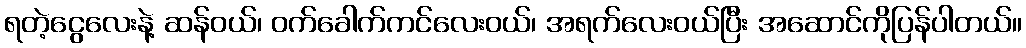
ရတဲ့ငွေလေးနဲ့ ဆန်ဝယ်၊ ဝက်ခေါက်ကင်လေးဝယ်၊ အရက်လေးဝယ်ပြီး အဆောင်ကိုပြန်ပါတယ်။